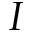
I